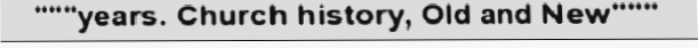
"""years. Church history, Old and New"""